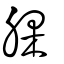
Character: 腂